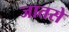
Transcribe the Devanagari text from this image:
जातसे